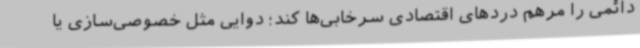
دائمی را مرهم دردهای اقتصادی سرخابی‌ها کند؛ دوایی مثل خصوصی‌سازی یا